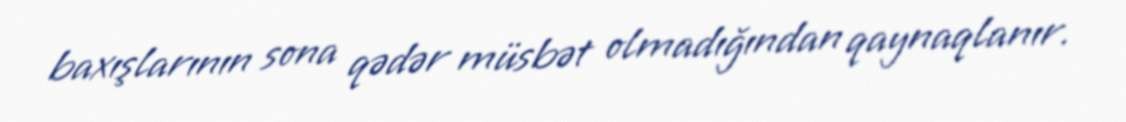
baxışlarının sona qədər müsbət olmadığından qaynaqlanır.